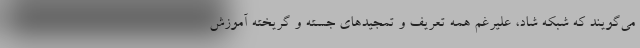
می‌گویند که شبکه شاد، علیرغم همه تعریف و تمجیدهای جسته و گریخته آموزش